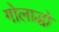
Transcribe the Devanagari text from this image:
गोलाद्धो